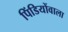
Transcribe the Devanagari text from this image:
पिंडियोंवाला